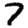
Digit: 7